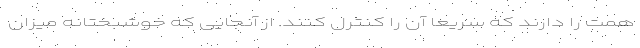
همت را دارند که سریعا آن را کنترل کنند. از آنجایی که خوشبختانه میزان